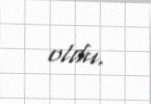
oldu.